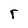
Character: r